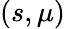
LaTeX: (s,\mu)